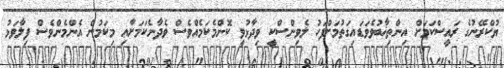
ޔުކްރޭނުގެ ރައީސްކަމަށް އިންތިޚާބުވެވަޑައިގަތުމަށްފަހު ލެވިންސްކީ ވިދާޅުވީ ކޮންމެކަމެއްވެސް ވެދާނެކަމަށާއި މިކަމުން އެންމެންވެސް ފިލާވަޅު